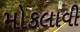
મોકલાવી